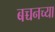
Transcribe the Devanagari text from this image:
बच्चनच्या